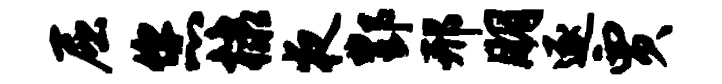
屈您棣夜酆邢朋逐贾